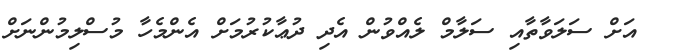
އަށް ސަލަވާތާއި ސަލާމް ލެއްވުން އެދި ދުޢާކުރުމަށް އެންމެހާ މުސްލިމުންނަށް